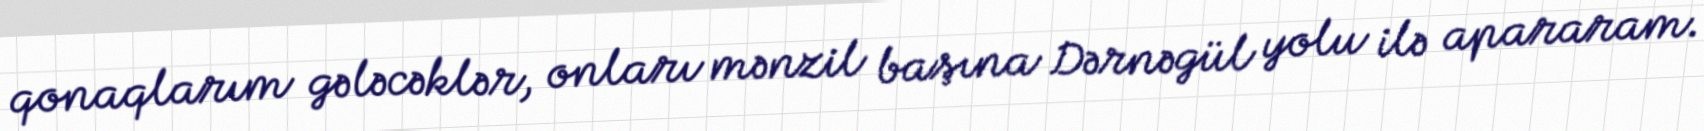
qonaqlarım gələcəklər, onları mənzil başına Dərnəgül yolu ilə apararam.